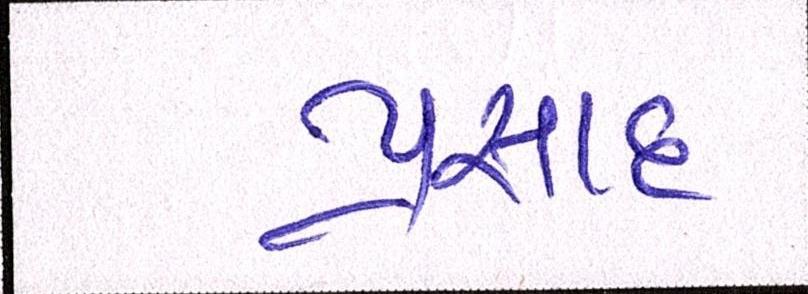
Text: પ્રસાદ